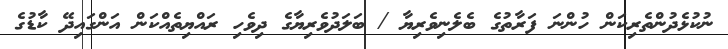
ނުކުޅެދުންތެރިކަން ހުންނަ ފަރާތުގެ ބެލެނިވެރިޔާ / ބަލަދުވެރިޔާގެ ދިވެހި ރައްޔިތެއްކަން އަންގައިދޭ ކާޑުގެ